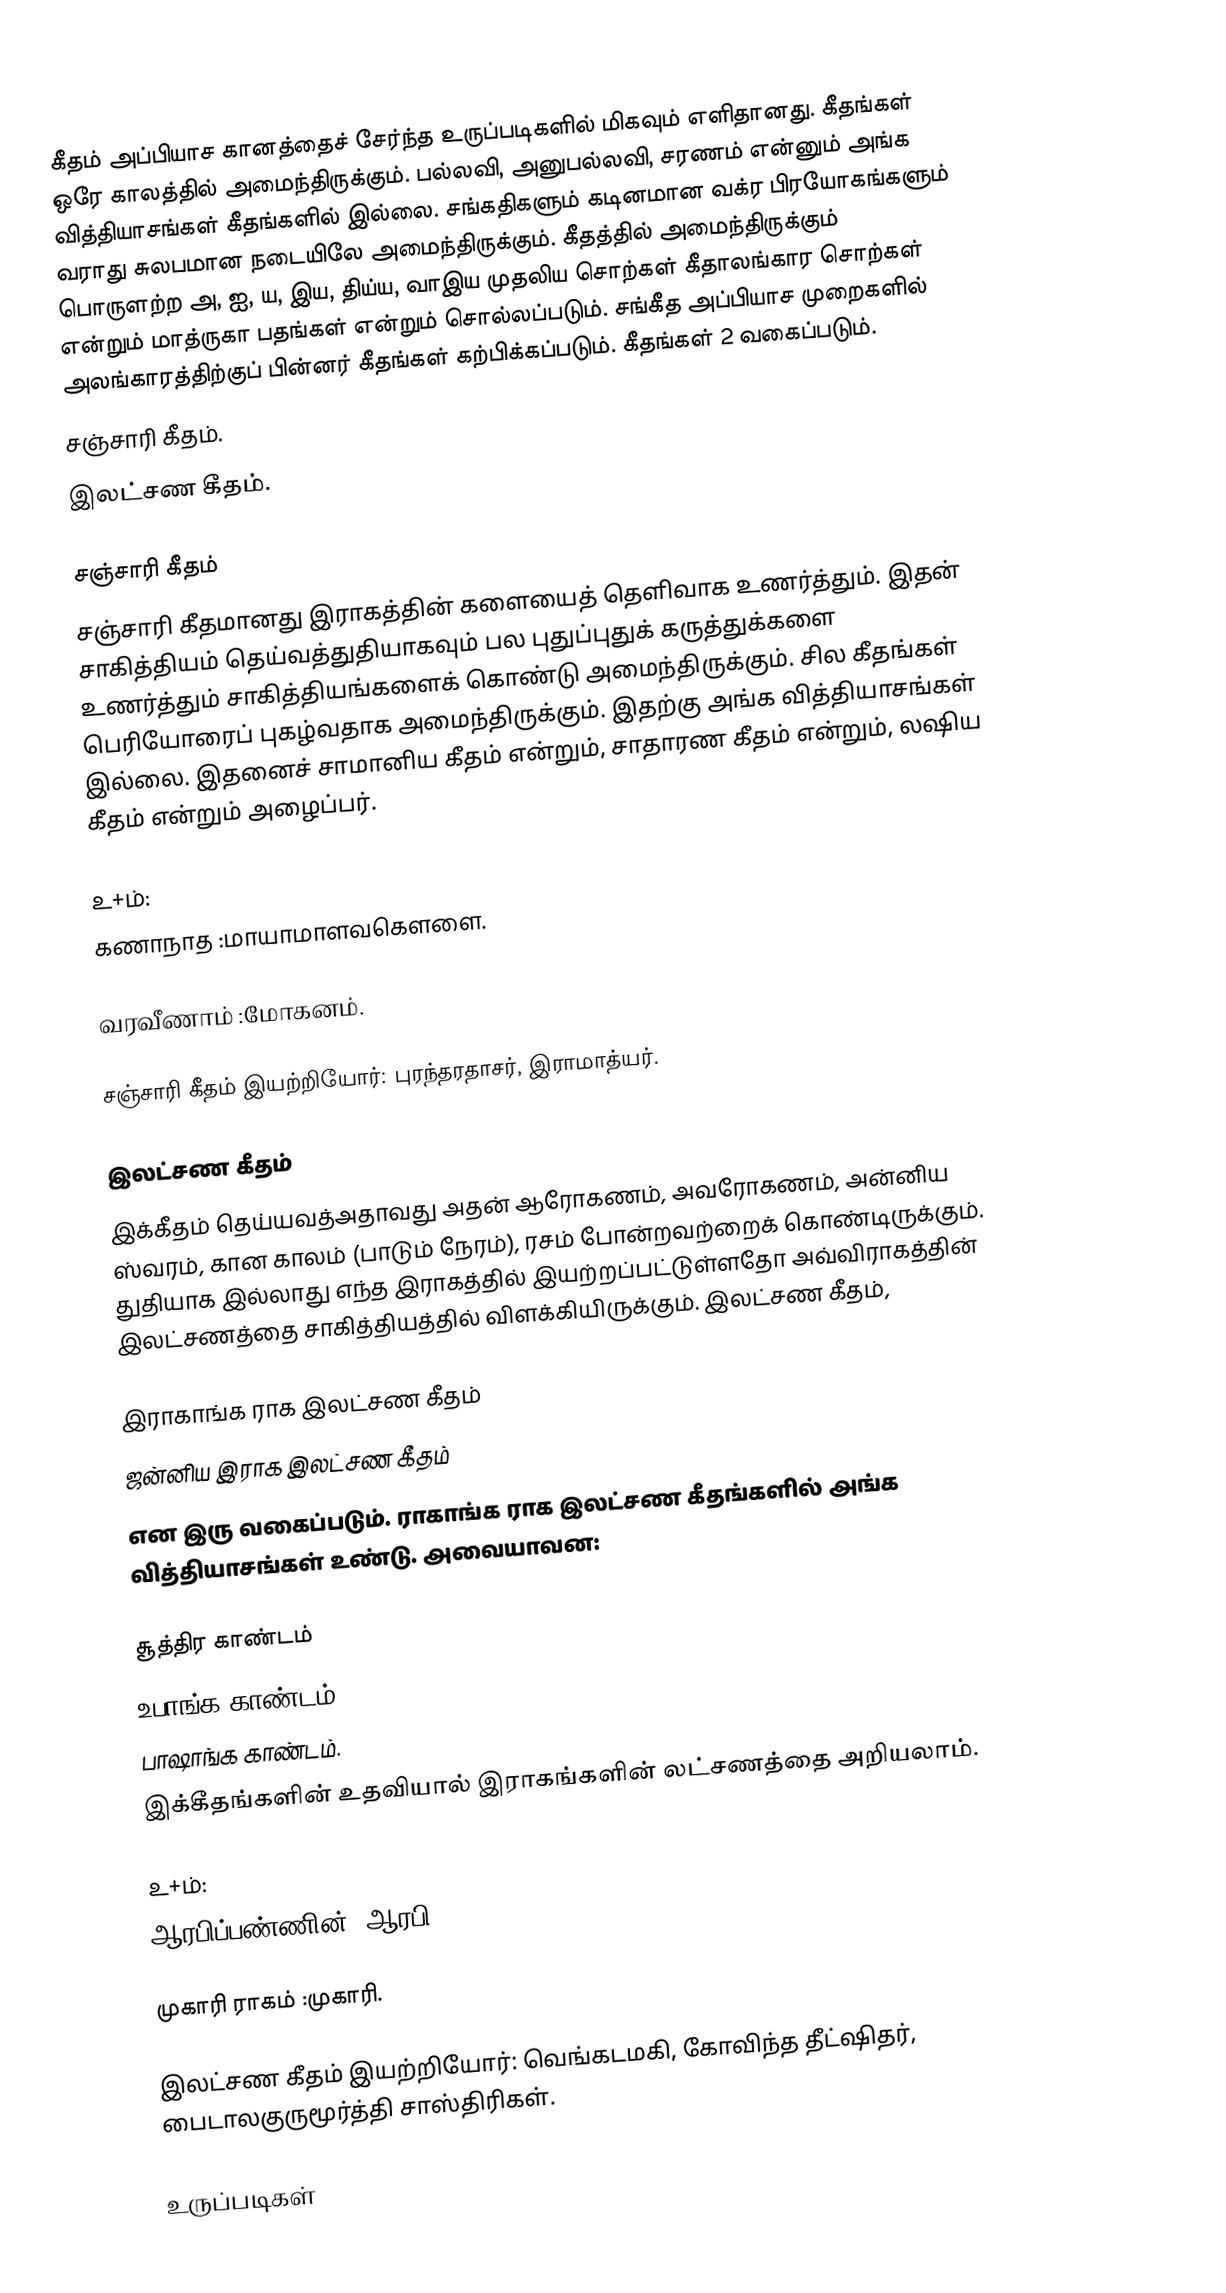
கீதம் அப்பியாச கானத்தைச் சேர்ந்த உருப்படிகளில் மிகவும் எளிதானது. கீதங்கள் ஒரே காலத்தில் அமைந்திருக்கும். பல்லவி, அனுபல்லவி, சரணம் என்னும் அங்க வித்தியாசங்கள் கீதங்களில் இல்லை. சங்கதிகளும் கடினமான வக்ர பிரயோகங்களும் வராது சுலபமான நடையிலே அமைந்திருக்கும். கீதத்தில் அமைந்திருக்கும் பொருளற்ற அ, ஐ, ய, இய, திய்ய, வாஇய முதலிய சொற்கள் கீதாலங்கார சொற்கள் என்றும் மாத்ருகா பதங்கள் என்றும் சொல்லப்படும். சங்கீத அப்பியாச முறைகளில் அலங்காரத்திற்குப் பின்னர் கீதங்கள் கற்பிக்கப்படும். கீதங்கள் 2 வகைப்படும்.
 சஞ்சாரி கீதம்.
 இலட்சண கீதம்.

சஞ்சாரி கீதம்
சஞ்சாரி கீதமானது இராகத்தின் களையைத் தெளிவாக உணர்த்தும். இதன் சாகித்தியம் தெய்வத்துதியாகவும் பல புதுப்புதுக் கருத்துக்களை உணர்த்தும் சாகித்தியங்களைக் கொண்டு அமைந்திருக்கும். சில கீதங்கள் பெரியோரைப் புகழ்வதாக அமைந்திருக்கும். இதற்கு அங்க வித்தியாசங்கள் இல்லை. இதனைச் சாமானிய கீதம் என்றும், சாதாரண கீதம் என்றும், லஷிய கீதம் என்றும் அழைப்பர்.

உ+ம்:
கணாநாத	:மாயாமாளவகௌளை.

வரவீணாம்	:மோகனம்.

சஞ்சாரி கீதம் இயற்றியோர்: புரந்தரதாசர், இராமாத்யர்.

இலட்சண கீதம்
இக்கீதம் தெய்யவத்அதாவது அதன் ஆரோகணம், அவரோகணம், அன்னிய ஸ்வரம், கான காலம் (பாடும் நேரம்), ரசம் போன்றவற்றைக் கொண்டிருக்கும். துதியாக இல்லாது எந்த இராகத்தில் இயற்றப்பட்டுள்ளதோ அவ்விராகத்தின் இலட்சணத்தை சாகித்தியத்தில் விளக்கியிருக்கும். இலட்சண கீதம்,

 இராகாங்க ராக இலட்சண கீதம்
 ஜன்னிய இராக இலட்சண கீதம்
என இரு வகைப்படும். ராகாங்க ராக இலட்சண கீதங்களில் அங்க வித்தியாசங்கள் உண்டு. அவையாவன:

 சூத்திர காண்டம்
 உபாங்க காண்டம்
 பாஷாங்க காண்டம்.
இக்கீதங்களின் உதவியால் இராகங்களின் லட்சணத்தை அறியலாம்.

உ+ம்:
ஆரபிப்பண்ணின்		:ஆரபி.

முகாரி ராகம்		:முகாரி.

இலட்சண கீதம் இயற்றியோர்: வெங்கடமகி, கோவிந்த தீட்ஷிதர், பைடாலகுருமூர்த்தி சாஸ்திரிகள்.

உருப்படிகள்